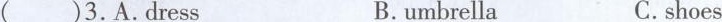
( )3.A.Dress B.umbrella C.shoes